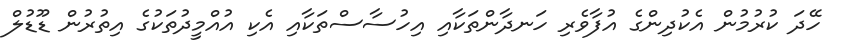
ހޭދަ ކުރުމުން އެކުދިންގެ އުފާވެރި ހަނދާންތަކާއި އިހުސާސްތަކާއި އެކި އުއްމީދުތަކުގެ އިތުރުން ޑޫޑުލް